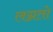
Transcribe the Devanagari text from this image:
लग्नतो